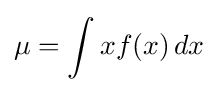
\mu =\int xf(x)\,dx